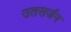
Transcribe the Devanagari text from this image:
उतसर्जन